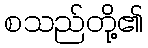
စသည်တို့၏